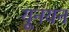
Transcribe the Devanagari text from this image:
यूनयन